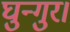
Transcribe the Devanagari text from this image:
घुन्गुर।